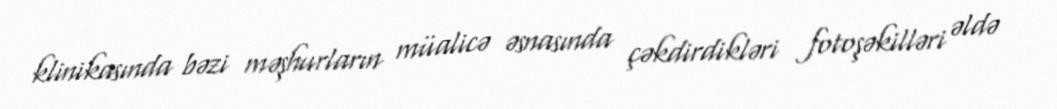
klinikasında bəzi məşhurların müalicə əsnasında çəkdirdikləri fotoşəkilləri əldə